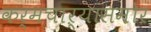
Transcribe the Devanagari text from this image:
कर्मचाऱ्यांसमोर